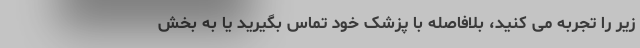
زیر را تجربه می کنید، بلافاصله با پزشک خود تماس بگیرید یا به بخش